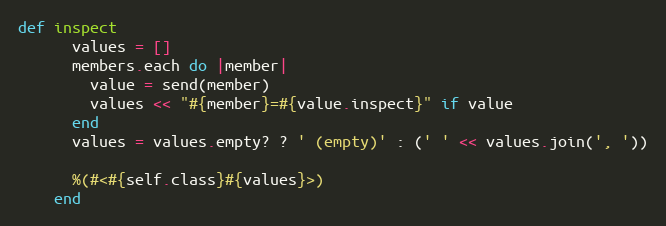
Language: Ruby
def inspect
      values = []
      members.each do |member|
        value = send(member)
        values << "#{member}=#{value.inspect}" if value
      end
      values = values.empty? ? ' (empty)' : (' ' << values.join(', '))

      %(#<#{self.class}#{values}>)
    end